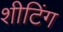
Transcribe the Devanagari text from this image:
शीटिंग